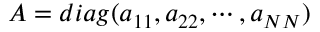
A = d i a g ( a _ { 1 1 } , a _ { 2 2 } , \cdots , a _ { N N } )